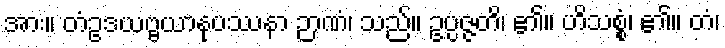
အား။ တံဥဒယဗ္ဗယာနုပဿနာ ဉာဏံ၊ သည်။ ဥပ္ပဇ္ဇတိ၊ ၏။ ဟိသစ္စံ၊ ၏။ တံ၊